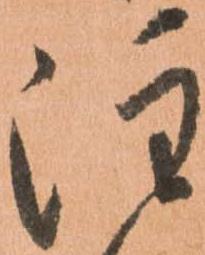
注